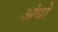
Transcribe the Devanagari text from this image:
अंधो